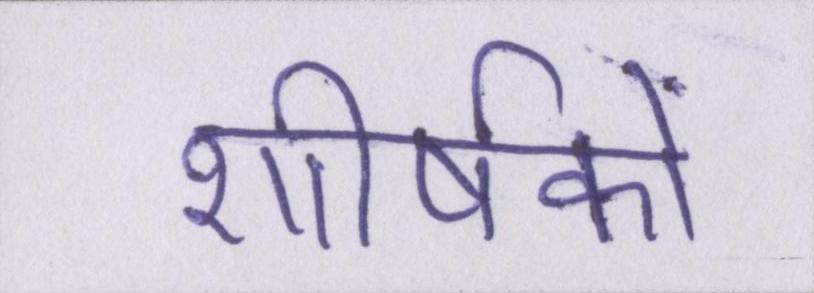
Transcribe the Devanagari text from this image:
शीर्षकों